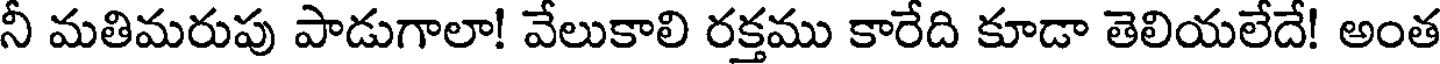
నీ మతిమరుపు పాడుగాలా! వేలుకాలి రక్తము కారేది కూడా తెలియలేదే! అంత